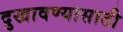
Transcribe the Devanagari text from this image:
दुखावण्यासाठी